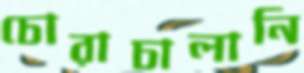
চোরাচালানি